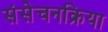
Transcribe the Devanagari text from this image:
संसेचनक्रिया